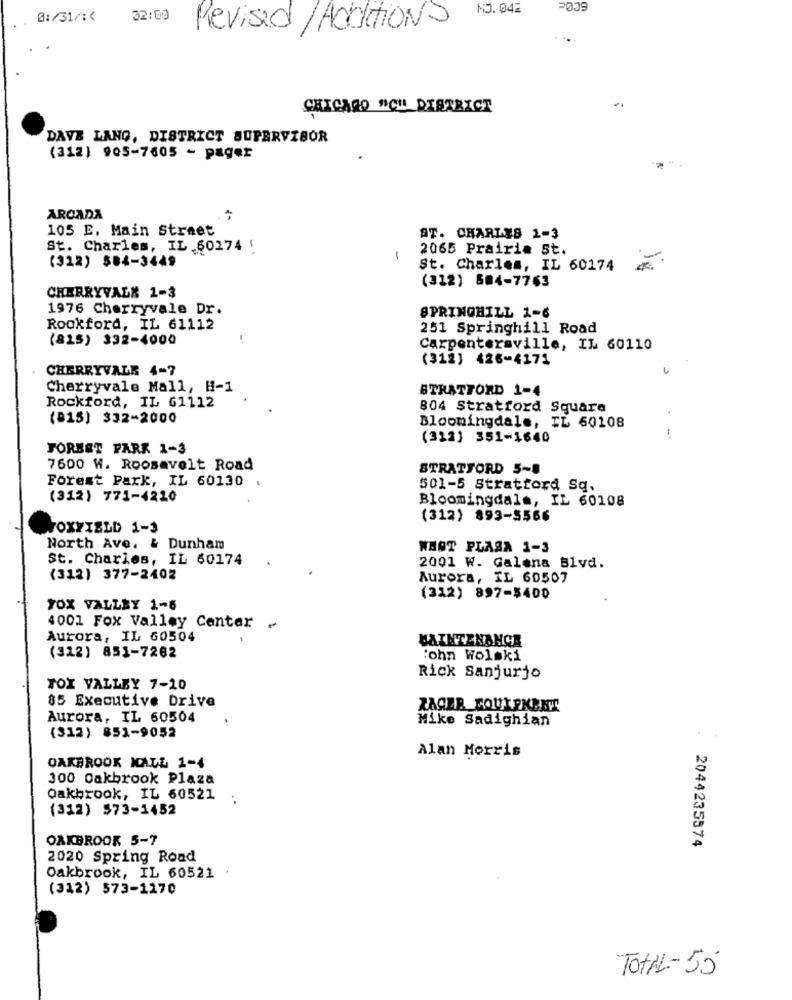
NO.042
2039
@:/31/ :<
32:00
Revised/Additions
CHICAGO "C" DISTRICT
DAVE LANG, DISTRICT SUPERVISOR
(312) 905-7605 - pager
ARCADA
105 E. Main Street
AT. CHARLES 1-3
St. Charles, IL 60274 !
2065 Prairie St.
(312) 584-3449
-
St. Charles, IL 60174
(312) 504-7763
CHERRYVALK 1-3
1976 Cherryvale Dr.
SPRINGHILL 1-6
Rockford, IL 61112
251 Springhill Road
(815) 332-4000
Carpentersville, IL 60110
(312) 426-4171
CHERRYVALE 4-7
Cherryvale Mall, H-1
STRATFORD 1-4
Rockford, IL 61112
804 Stratford Square
(815) 332-2000
Bloomingdale, IL 60108
(312) 351-1640
FOREST PARK 1-3
7600 W. Roosevelt Road
STRATFORD 5-8
Forest Park, IL 60130 .
501-5 Stratford Sq.
(312) 771-4220
Bloomingdale, IL 60108
(312) 893-5566
FOXFIELD 1-3
North Ave. & Dunham
WHAT PLAGA 1-3
St. Charles, IL 60174
2001 W. Galena Blvd.
(312) 377-2402
Aurora, IL 60507
(312) 897-5400
FOX VALLEY 1-5
4001 Fox Valley Center -
Aurora, IL 60504
MAINTENANCE
(312) 851-7282
:ohn Wolski
Rick Sanjurjo
TOX VALLEY 7-10
85 Executive Drive
Aurora, IL 60504
Mike Sadighian
(312) 851-9052
Alan Morris
OAKBROOK KALL 1-4
300 Oakbrook Plaza
Oakbrook, IL 60521
(312) 573-1452
OAKBROOK 5-7
2044235574
2020 Spring Road
Oakbrook, IL 60521
(312) 573-1170
TOTAL-55